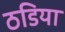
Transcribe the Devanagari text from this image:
ठडिया